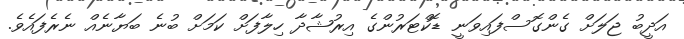
އަދީބު ޖަލަށް ގެންގޮސްފައިވަނީ ޑޮކްޓަރުންގެ އިރުޝާދާ ހިލާފަށް ކަމަށް ބުނެ ބަޔާނެއް ނެރެފައެވެ.